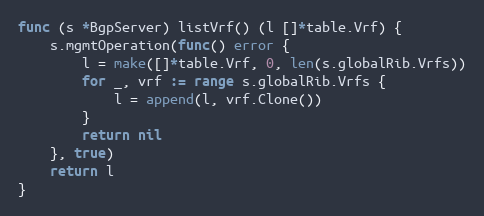
Language: Go
func (s *BgpServer) listVrf() (l []*table.Vrf) {
	s.mgmtOperation(func() error {
		l = make([]*table.Vrf, 0, len(s.globalRib.Vrfs))
		for _, vrf := range s.globalRib.Vrfs {
			l = append(l, vrf.Clone())
		}
		return nil
	}, true)
	return l
}